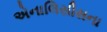
એનાલિસીસના